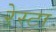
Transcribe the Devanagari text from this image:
रेस्टा